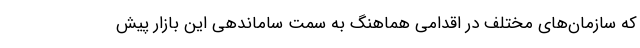
که سازمان‌های مختلف در اقدامی هماهنگ به سمت ساماندهی این بازار پیش